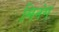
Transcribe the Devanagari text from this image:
मिनंग